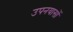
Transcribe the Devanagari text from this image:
उपनयासों